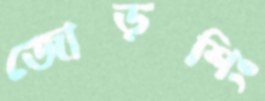
জোড়শিং